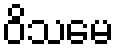
ဝိသမေ